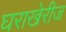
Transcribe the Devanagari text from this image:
घराखेरीज